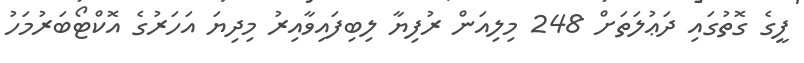
ފީގެ ގޮތުގައި ދަޢުލަތަށް 248 މިލިއަން ރުފިޔާ ލިބިފައިވާއިރު މިދިޔަ އަހަރުގެ އޮކްޓޯބަރުމަހު